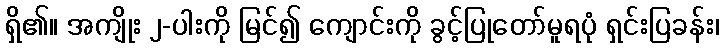
ရှိ၏။ အကျိုး ၂-ပါးကို မြင်၍ ကျောင်းကို ခွင့်ပြုတော်မူရပုံ ရှင်းပြခန်း၊